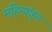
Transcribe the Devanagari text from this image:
महिन्यांहून